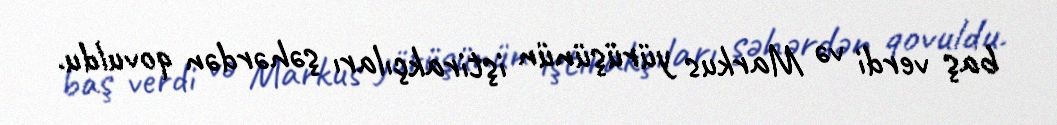
baş verdi və Markus yürüşünün iştirakçıları şəhərdən qovuldu.